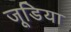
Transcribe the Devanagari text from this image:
जूडिया